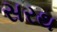
સરથ